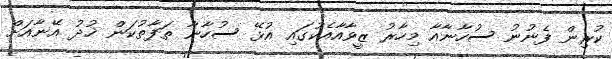
ކުރިން ފެނުނު ސުހާނާއާ މިހާރު ޒީވާއާއެކުގައި އުޅޭ ސުހާނާ ތަފާތުކަން ޚުދު އޭނާއަށް